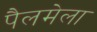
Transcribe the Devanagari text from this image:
पैलमेला